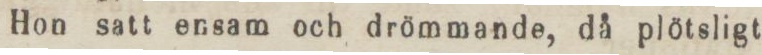
Hon satt ensam och drömmande, då plötsligt